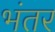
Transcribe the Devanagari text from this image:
भंतर